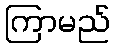
ကြာမည်